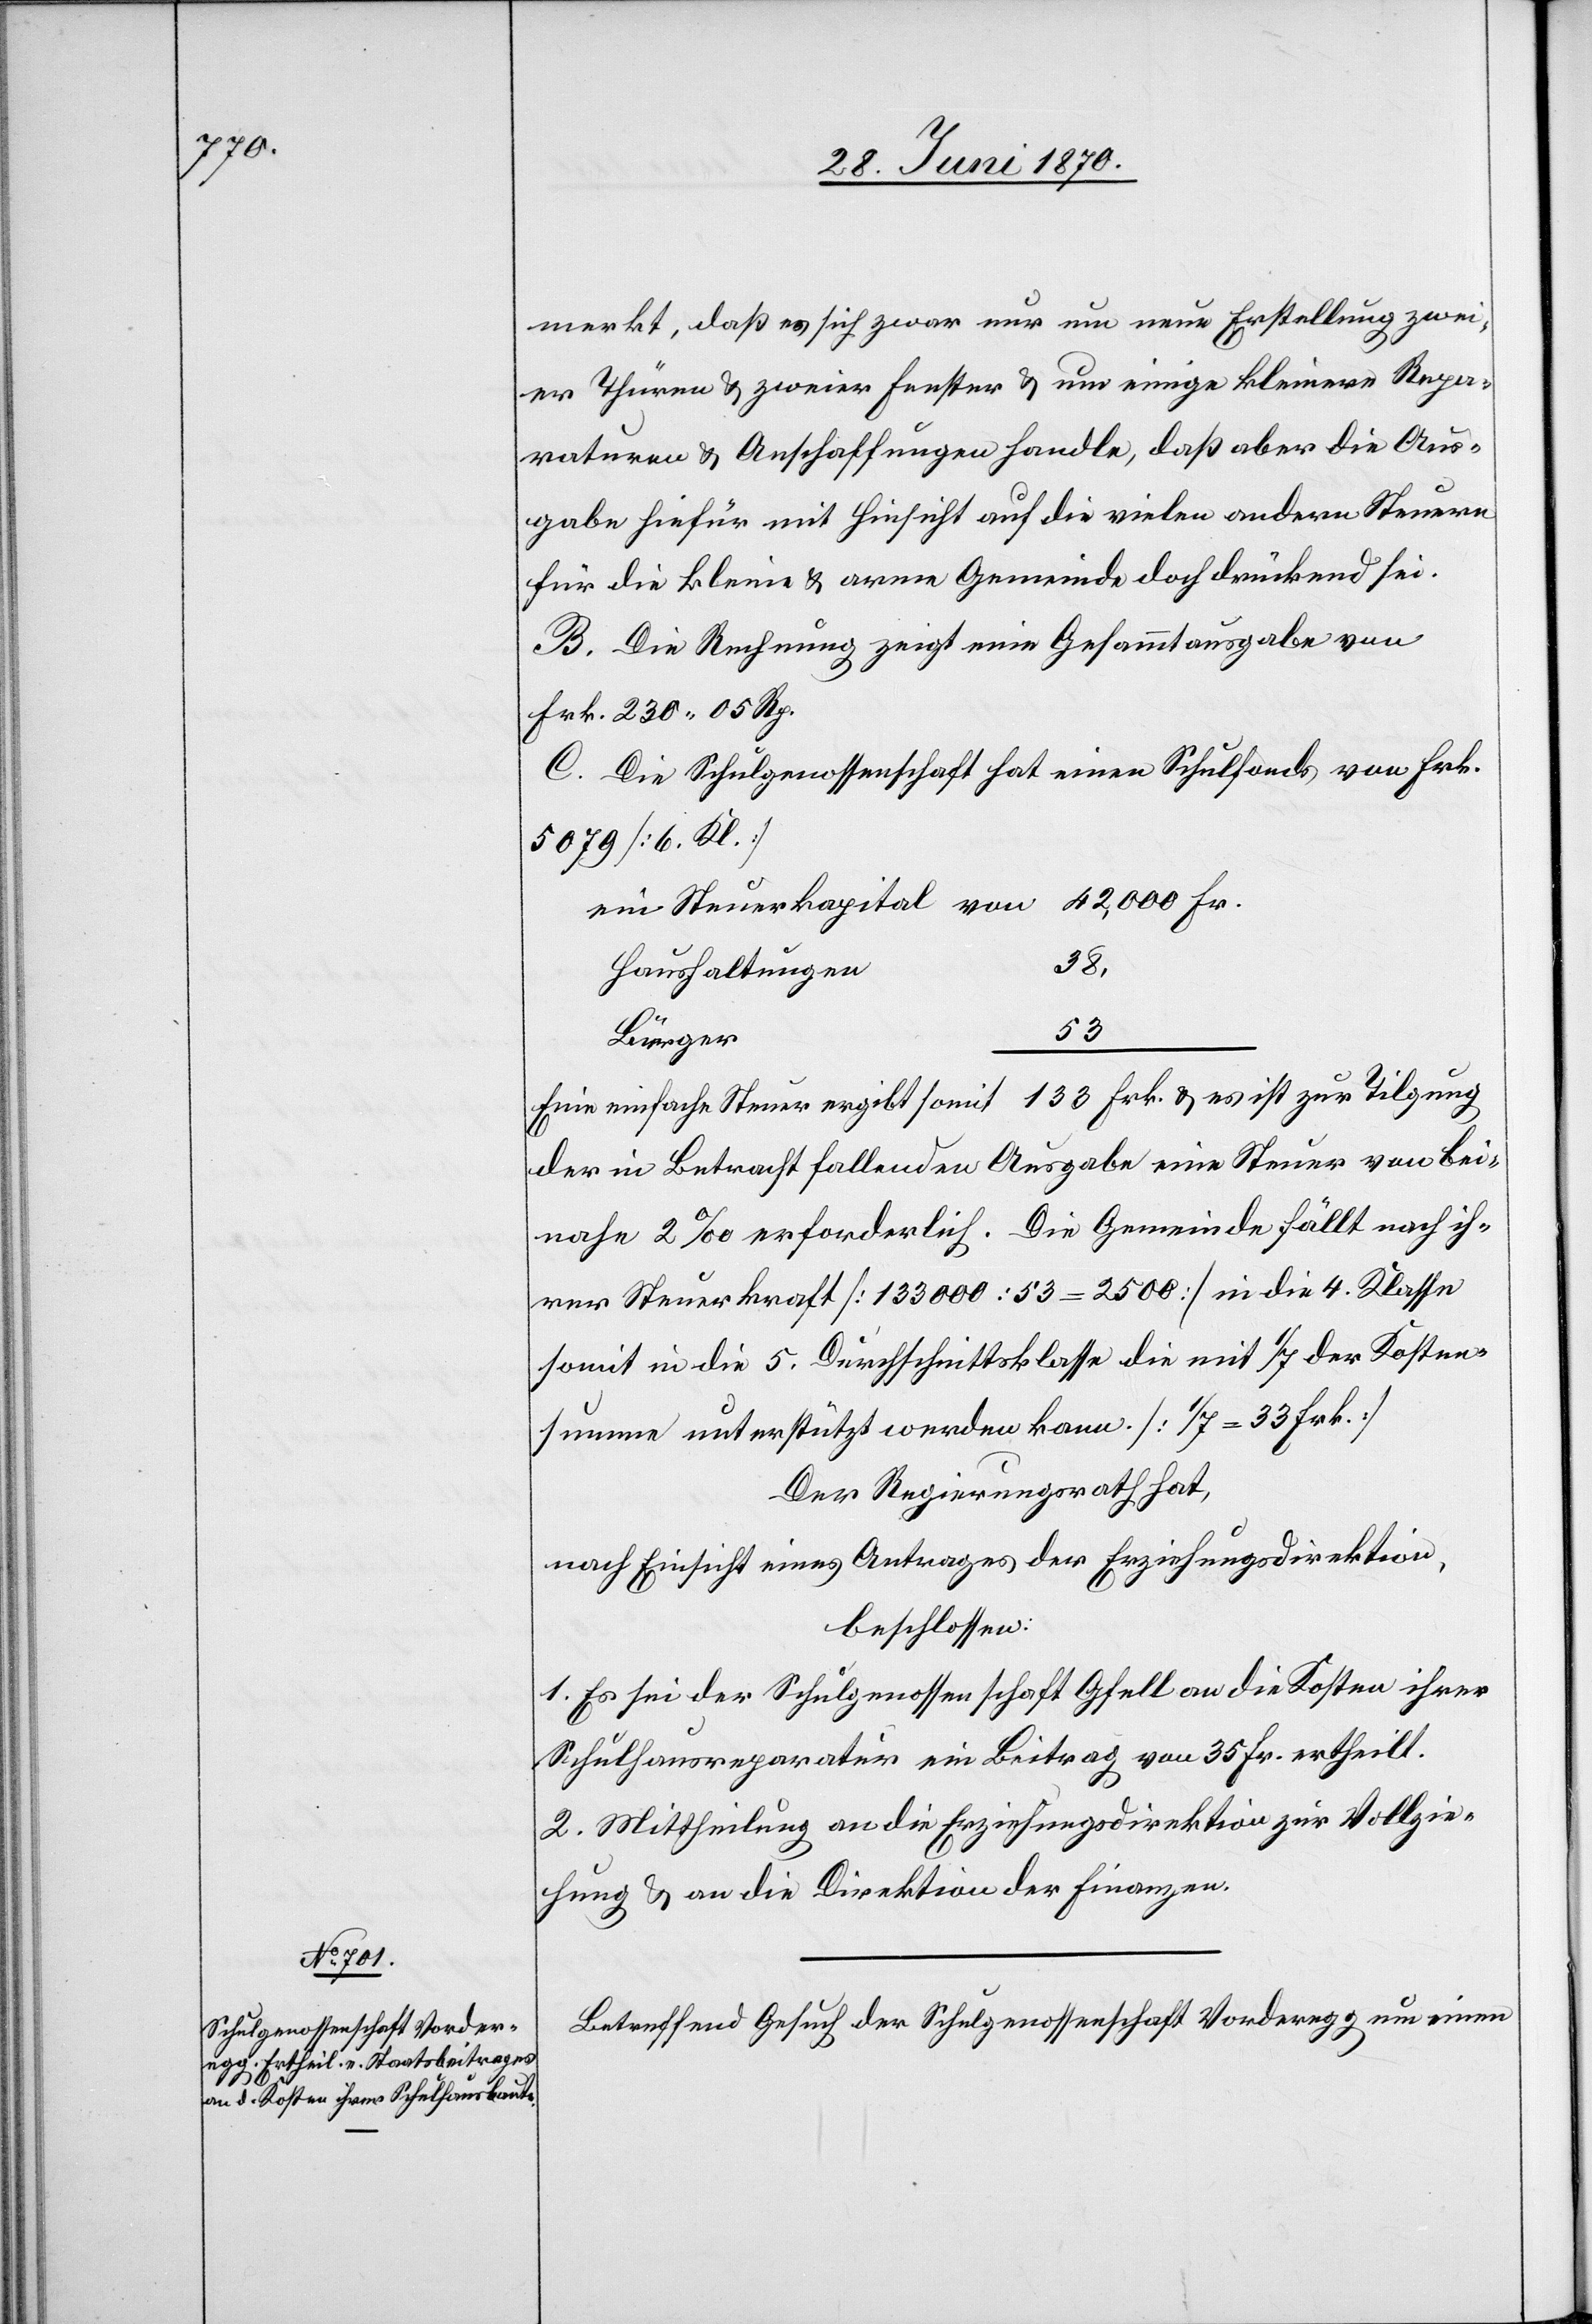
merkt, daß es sich zwar nur um neue Erstellung zwei¬
er Thürme & zweier Fenster & um einige kleinere Repa¬
raturen & Anschaffungen handle, daß aber die Aus¬
gabe hiefür mit Hinsicht auf die vielen andern Steuern
für die kleine & arme Gemeinde doch drückend sei.
B. Die Rechnung zeigt eine Gesammtausgabe von
Frk. 230 05 Rp.
C. Die Schulgenossenschaft hat einen Schulfonds von Frk.
5079 [6. Kl.]
ein Steuerkapital von 42,000 Fr.
Haushaltungen
38,
Bürger
Eine einfache Steuer ergibt somit 133 Frk. & es ist zur Tilgung
der in Betracht fallenden Ausgabe eine Steuer von bei¬
nahe 2‰ erforderlich. Die Gemeinde fällt nach ih¬
rer Steuerkraft [133 000 : 53 = 2500] in die 4. Klasse
somit in die 5. Durchschnittsklasse die mit 1/7 der Kosten¬
summe unterstützt werden kann. [1/7 = 33 Frk.]
Der Regierungsrath hat,
nach Einsicht eines Antrages der Erziehungsdirektion,
beschlossen:
1. Es sei der Schulgenossenschaft Gfell an die Kosten ihrer
Schulhausreparatur ein Beitrag von 35. Fr. ertheilt.
2. Mittheilung an die Erziehungsdirektion zur Vollzie¬
hung & an die Direktion der Finanzen.
Betreffend Gesuch der Schulgenossenschaft Vorderegg um einen